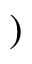
)